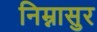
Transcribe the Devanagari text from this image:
निम्नासुर